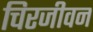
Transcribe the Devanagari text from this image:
चिरजीवन